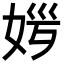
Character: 𡜏